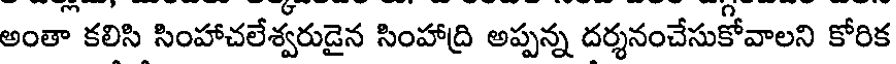
అంతా కలిసి సింహాచలేశ్వరుడైన సింహాద్రి అప్పన్న దర్శనంచేసుకోవాలని కోరిక